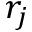
r _ { j }